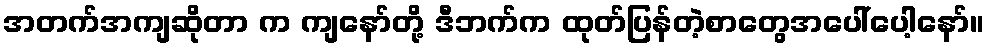
အတက်အကျဆိုတာ က ကျနော်တို့ ဒီဘက်က ထုတ်ပြန်တဲ့စာတွေအပေါ်ပေါ့နော်။